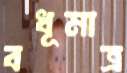
বধূমাত্র